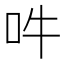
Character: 吽